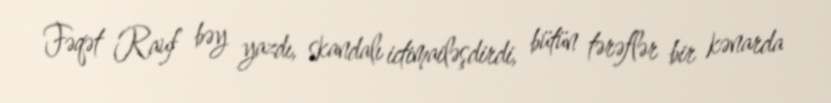
Fəqət Rauf bəy yazdı, skandalı ictimailəşdirdi, bütün tərəflər bir kənarda